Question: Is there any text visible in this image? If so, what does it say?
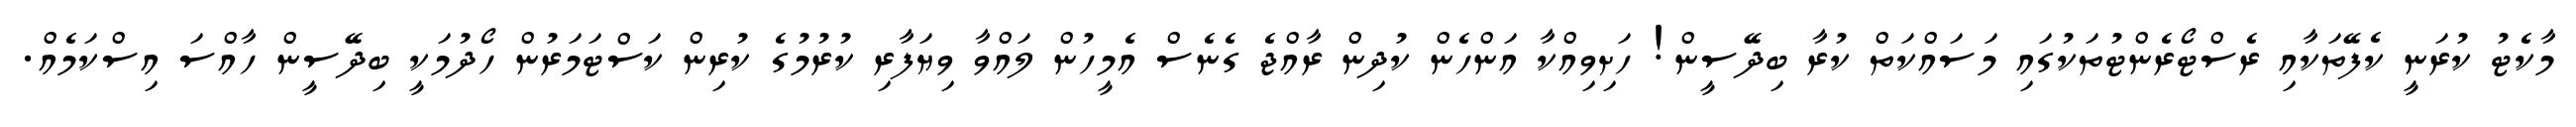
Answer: މާކެޓު ކުރަނީ ކެފޭތަކާއި ރެސްޓޯރެންޓުތަކުގައި މަސައްކަތް ކުރާ ބިދޭސީން! ހަށިވިއްކާ އަންހެން ކުދިން ރާއްޖެ ގެނެސް އެމީހުން ލައްވާ ވިޔަފާރި ކުރުމުގެ ކުރިން ކަސްޓަމަރުން ހޯދުމަކީ ބިދޭސީން ހާއްސަ އިސްކަމެއް.